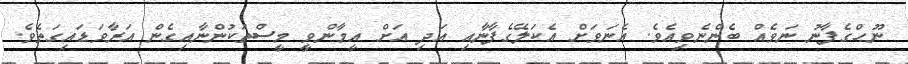
ނޫޙްގެފާނު ނަވެއް ބެންނެވިއެވެ. އެނަވަށް އެކަލޭގެފާނާއި އަދި އަށް އީމާންވީ މީސްތަކުންނާއިގެން އަރާވަޑައިގަތެވެ.